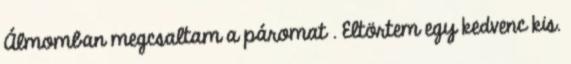
Álmomban megcsaltam a páromat . Eltörtem egy kedvenc kis.